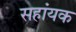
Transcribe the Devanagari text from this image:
सहांयक